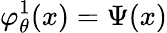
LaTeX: \varphi_{\theta}^{1}(x)=\Psi(x)